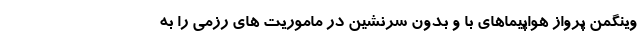
وینگمن پرواز هواپیماهای با و بدون سرنشین در ماموریت های رزمی را به